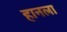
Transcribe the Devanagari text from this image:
हानला